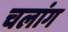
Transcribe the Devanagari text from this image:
चलांग